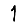
Digit: 1